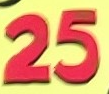
25